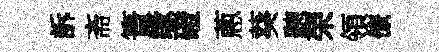
訴斋簣缘磴蔥葵聽荣領僚